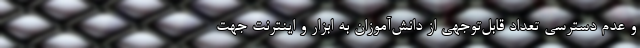
و عدم دسترسی تعداد قابل‌توجهی از دانش‌آموزان به ابزار و اینترنت جهت